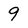
Character: 9